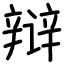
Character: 辩